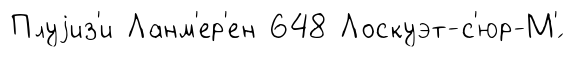
Плуjиз'и Ланм'ер'ен 648 Лоскуэт-с'юр-М'́